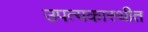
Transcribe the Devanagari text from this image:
उपत्यकास्थीत